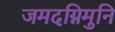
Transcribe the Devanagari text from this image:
जमदग्निमुनि